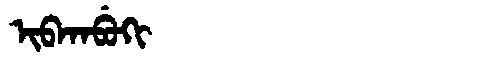
Manchu: ᡳᠪᡴᠠᠪᡠᡴᡳ
Romanization: IBKABUKI